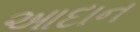
આદાન